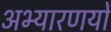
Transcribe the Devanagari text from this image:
अभ्यारणयों